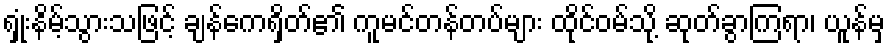
ရှုံးနိမ့်သွားသဖြင့် ချန်ကေရှိတ်၏ ကူမင်တန်တပ်များ ထိုင်ဝမ်သို့ ဆုတ်ခွာကြရာ၊ ယူန်မှ